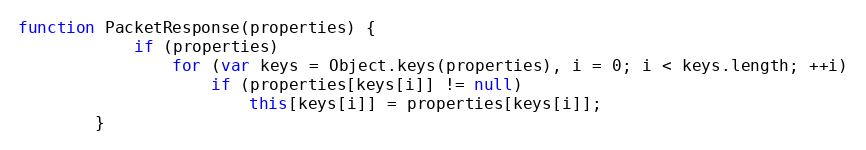
Language: JavaScript
function PacketResponse(properties) {
			if (properties)
				for (var keys = Object.keys(properties), i = 0; i < keys.length; ++i)
					if (properties[keys[i]] != null)
						this[keys[i]] = properties[keys[i]];
		}